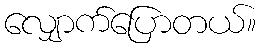
လျှောက်ပြောတယ်။